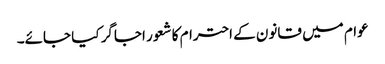
عوام میں قانون کے احترام کا شعور اجاگر کیا جائے۔